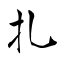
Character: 扎